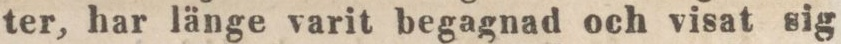
ter, har länge varit begagnad och visat sig